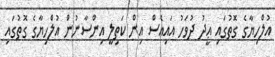
އުލްހިޔާގެ ގޮތުގައި ޢީދު ދުވަހު އައިއެސް އިން ކަތިލީ އިންސާނުން އުލްހިޔާގެ ގޮތުގައި